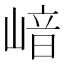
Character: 𡺈